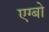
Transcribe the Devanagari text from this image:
एग्बो